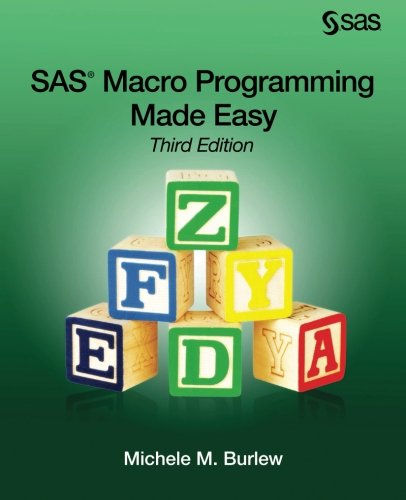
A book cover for SAS Macro Programming Made Easy, Third Edition; Michele M. Burlew; Computers & Technology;